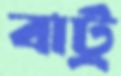
বার্ট্র